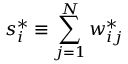
s _ { i } ^ { * } \equiv \sum _ { j = 1 } ^ { N } w _ { i j } ^ { * }